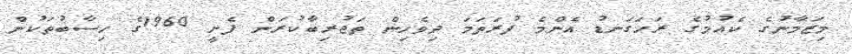
މިޒަމާނުގެ ކެއުމުގެ ރަހަގަނޑު އެންމެ ފުރަތަމަ ދިވެހިން ތަޖުރިބާކުރަން ފެށީ 1960ގެ ހިސާބުތަކުން